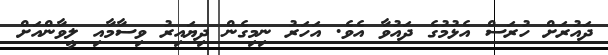
ދައުރަށް ހުރަސް އެޅުމުގެ ދައުވާ އެވެ. އަހަރު ނިމިގެން ދިޔައިރު ވިސާމާއި ލީވާންއަށް